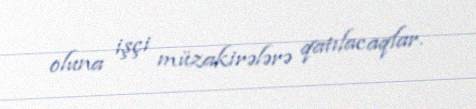
oluna işçi müzakirələrə qatılacaqlar.